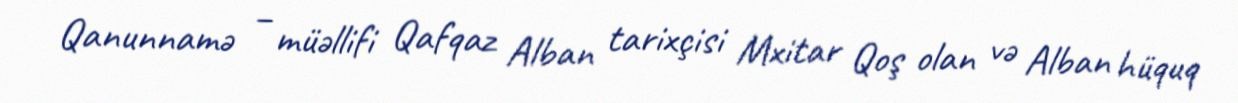
Qanunnamə – müəllifi Qafqaz Alban tarixçisi Mxitar Qoş olan və Alban hüquq